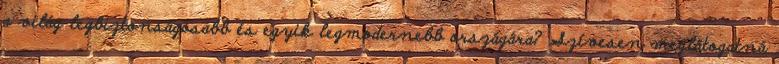
a világ legbiztonságosabb és egyik legmodernebb országára? Szívesen meglátogatná